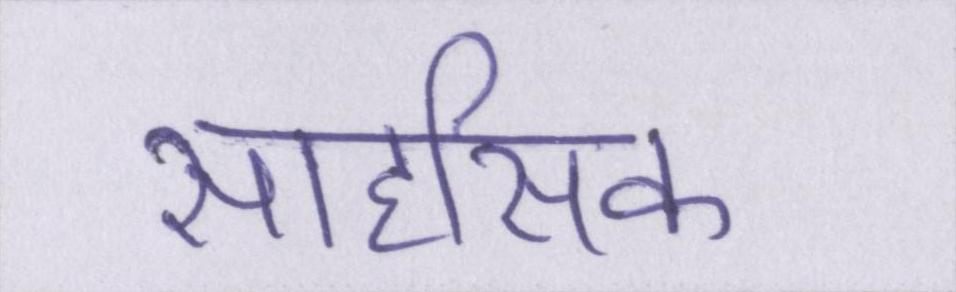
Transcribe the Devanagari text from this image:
साहसिक